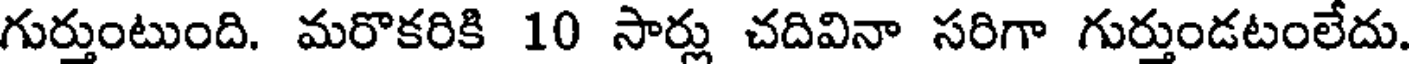
గుర్తుంటుంది. మరొకరికి 10 సార్లు చదివినా సరిగా గుర్తుండటంలేదు.